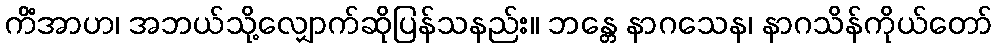
ကိံအာဟ၊ အဘယ်သို့လျှောက်ဆိုပြန်သနည်း။ ဘန္တေ နာဂသေန၊ နာဂသိန်ကိုယ်တော်